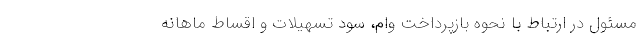
مسئول در ارتباط با نحوه بازپرداخت وام، سود تسهیلات و اقساط ماهانه